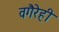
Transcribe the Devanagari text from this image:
वगैरेही